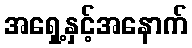
အရှေ့နှင့်အနောက်